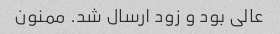
عالی بود و زود ارسال شد. ممنون